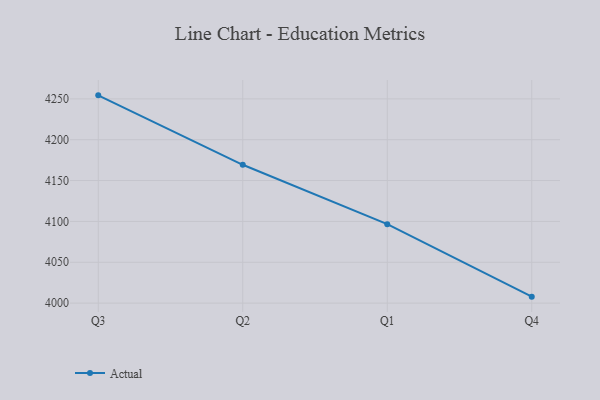
{"axis": {"x": "Quarter", "y": "Budget (USD K)"}, "legend": ["Actual"], "data": [{"x": "Q3", "y": 4254.3, "type": "Actual"}, {"x": "Q2", "y": 4169.3, "type": "Actual"}, {"x": "Q1", "y": 4096.6, "type": "Actual"}, {"x": "Q4", "y": 4007.9, "type": "Actual"}]}